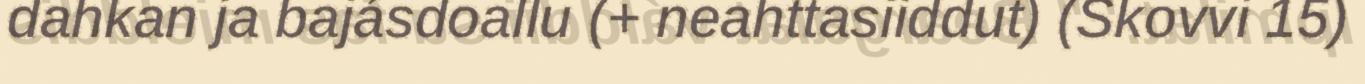
dahkan ja bajásdoallu (+ neahttasiiddut) (Skovvi 15)